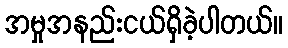
အမှုအနည်းငယ်ရှိခဲ့ပါတယ်။